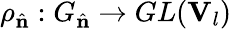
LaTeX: \rho_{\hat{\mathbf{n}}}:G_{\hat{\mathbf{n}}}\rightarrow GL(\mathbf{V}_{l})